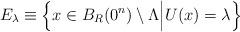
LaTeX: \begin{align*}E_{\lambda}\equiv\Big\{x\in B_{R}(0^n)\setminus\Lambda\Big| U(x)=\lambda\Big\}\end{align*}